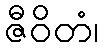
ဇီဝိတံ၊